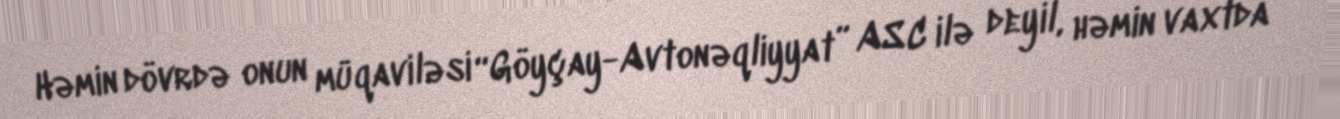
Həmin dövrdə onun müqaviləsi “Göyçay-Avtonəqliyyat” ASC ilə deyil, həmin vaxtda